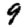
Digit: 9